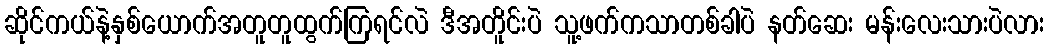
ဆိုင်ကယ်နဲ့နှစ်ယောက်အတူတူထွက်ကြရင်လဲ ဒီအတိူင်းပဲ သူ့ဖက်ကသာတစ်ခါပဲ နတ်ဆေး မန်းလေးသားပဲလား